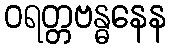
ဝရတ္တဗန္ဓနေန